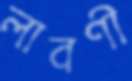
লাবণী